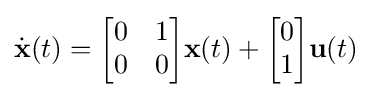
{\dot {\textbf {x}}}(t)={\begin{bmatrix}0&1\\0&0\\\end{bmatrix}}{\textbf {x}}(t)+{\begin{bmatrix}0\\1\end{bmatrix}}{\textbf {u}}(t)